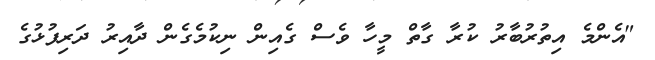
"އެންމެ އިތުރުބާރު ކުރާ ގާތް މީހާ ވެސް ގެއިން ނިކުމެގެން ދާއިރު ދަރިފުޅުގެ